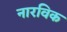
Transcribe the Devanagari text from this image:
नारविक